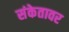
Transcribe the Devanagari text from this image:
संकेतावर